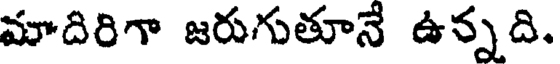
మాదిరిగా జరుగుతూనే ఉన్నది.